Civil Veterinary Dept. North-West Frontier Province 1901-22 - 1901-1922
Year: 1901
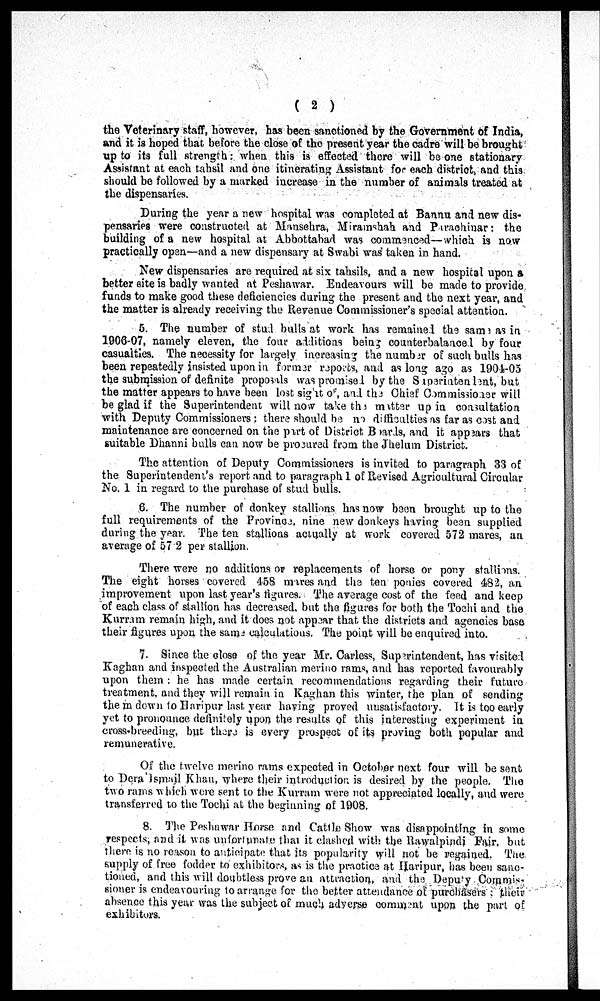
(2)
the Veterinary staff, however, has been sanctioned by the Government of India,
and it is hoped that before the close of the present year the cadre will be brought
up to its full strength; when this is effected there will be one stationary
Assistant at each tahsil and one itinerating Assistant for each district, and this
should be followed by a marked increase in the number of animals treated at
the dispensaries.
During the year a new hospital was completed at Bannu and new dis-
pensaries were constructed at Mansehra, Miramshah and Purachnar: the
building of a new hospital at Abbottabad was commenced—which is now
practically open—and a new dispensary at Swabi was taken in hand.
New dispensaries are required at six tahsils, and a new hospital upon a
better site is badly wanted at Peshawar. Endeavours will be made to provide
funds to make good these deficiencies during the present and the next year, and
the matter is already receiving the Revenue Commissioner's special attention.
5. The number of stud bulls at work has remained the same as in
1906-07, namely eleven, the four additions being counterbalanced by four
casualties. The necessity for largely increasing the number of such bulls has
been repeatedly insisted upon in former reports, and as long ago as 1904-05
the submission of definite proposals was promised by the Superintendent, but
the matter appears to have been lost sight of and the Chief Commissioner will
be glad if the Superintendent will now take the matter up in consultation
with Deputy Commissioners: there should be no difficulties as far as cost and
maintenance are concerned on the part of District Boards, and it appears that
suitable Dhanni bulls can now be procured from the Jhelum District.
The attention of Deputy Commissioners is invited to paragraph 33 of
the Superintendent's report and to paragraph 1 of Revised Agricultural Circular
No. 1 in regard to the purchase of stud bulls.
6. The number of donkey stallions has now been brought up to the
full requirements of the Province nine new donkeys having been supplied
during the year. The ten stallions actually at work covered 572 mares, an
average of 57.2 per stallion.
There were no additions or replacements of horse or pony stallions.
The eight horses covered 458 mares and the ten ponies covered 482, an
improvement upon last year's figures. The average cost of the feed and keep
of each class of stallion has decreased, but the figures for both the Tochi and the
Kurram remain high, and it does not appear that the districts and agencies base
their figures upon the same calculations. The point will be enquired into.
7. Since the close of the year Mr. Carless, Superintendent, has visited
Kaghan and inspected the Australian merino rams, and has reported favourably
upon them: he has made certain recommendations regarding their future
treatment, and they will remain in Kaghan this winter, the plan of sending
them down to Haripur last year having proved unsatisfactory. It is too early
yet to pronounce definitely upon the results of this interesting experiment in
cross-breeding, but there is every prospect of its proving both popular and
remunerative.
Of the twelve merino rams expected in October next four will be sent
to Dera Ismail Khan, where their introduction is desired by the people. The
two rams which were sent to the Kurram were not appreciated locally, and were
transferred to the Tochi at the beginning of 1908.
8. The Peshawar Horse and Cattle Show was disappointing in some
respects, and it was unfortunate that it clashed with the Rawalpindi Fair, but
there is no reason to anticipate that its popularity will not be regained. The
supply of free fodder to exhibitors, as is the practice at Haripur, has been sanc-
tioned, and this will doubtless prove an attraction, and the Deputy Commis-
sioner is endeavouring to arrange for the better attendance of purchasers: their
absence this year was the subject of much adverse comment upon the part of
exhibitors.